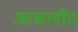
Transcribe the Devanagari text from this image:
आखावीत